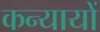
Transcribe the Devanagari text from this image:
कन्यायों